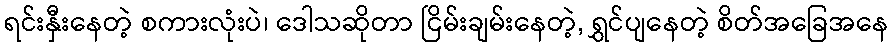
ရင်းနှီးနေတဲ့ စကားလုံးပဲ၊ ဒေါသဆိုတာ ငြိမ်းချမ်းနေတဲ့, ရွှင်ပျနေတဲ့ စိတ်အခြေအနေ